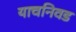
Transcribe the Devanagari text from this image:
याचनिवड